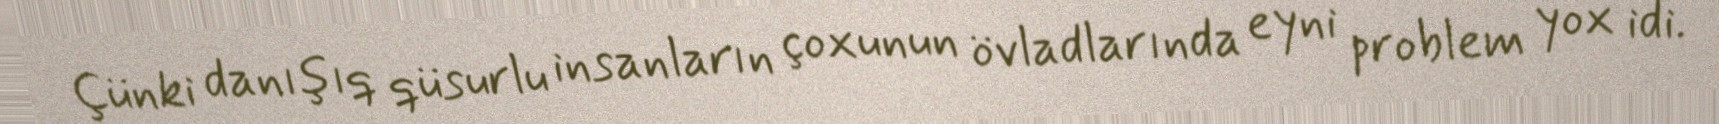
Çünki danışıq qüsurlu insanların çoxunun övladlarında eyni problem yox idi.